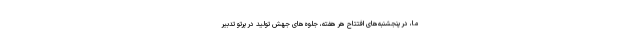
ما، در پنجشنبه‌های افتتاحِ هر هفته، جلوه‌های جهش تولید در پرتو تدبیر